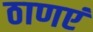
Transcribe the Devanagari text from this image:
ठाणएं